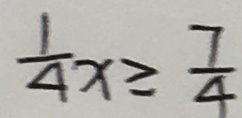
\frac { 1 } { 4 } x \geq \frac { 7 } { 4 }